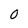
Character: 0